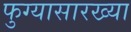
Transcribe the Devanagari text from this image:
फुग्यासारख्या